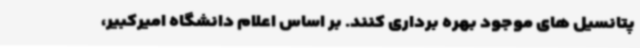
پتانسیل های موجود بهره برداری کنند. بر اساس اعلام دانشگاه امیرکبیر،